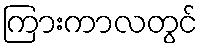
ကြားကာလတွင်